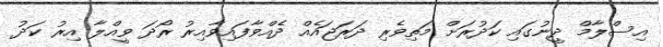
އިސްލާމް ދީނުގައި ކަދުރަށް މަތިވެރި ދަރަޖައެއް ދެއްވާފައިވާއިރު ރޯދަ ވީއްލާ އިރު ކަދު